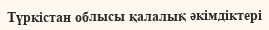
Түркістан облысы қалалық әкімдіктері